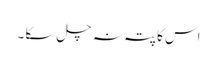
اس کا پتہ نہ چل سکا ۔